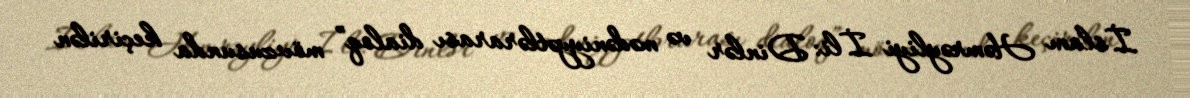
İslam Həmrəyliyi İli: Dinlər və mədəniyyətlərarası dialoq” mövzusunda keçirilən